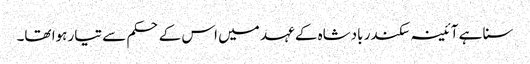
سنا ہے آئینہ سکندر بادشاہ کے عہد میں اس کے حکم سے تیار ہوا تھا۔